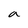
Character: a